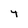
Character: 4